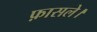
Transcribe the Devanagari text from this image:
फ़ासले।